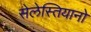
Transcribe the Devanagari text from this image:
सेलेस्तियानो